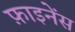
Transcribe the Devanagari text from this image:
फ़ाइनेंस